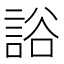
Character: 䛦